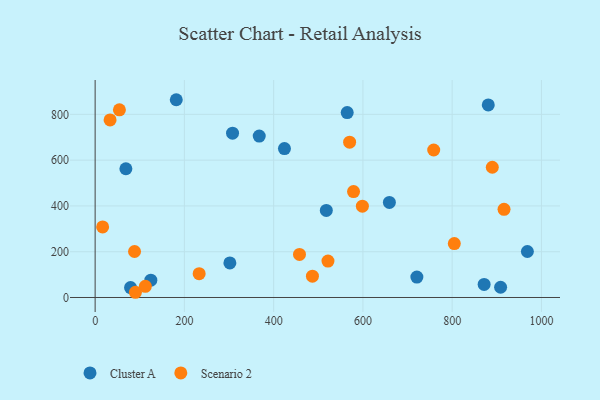
{"axis": {"x": "Investment", "y": "Yield"}, "legend": ["Cluster A", "Scenario 2"], "data": [{"x": "880.9", "y": 841.3, "type": "Cluster A"}, {"x": "301.9", "y": 150.9, "type": "Cluster A"}, {"x": "908.5", "y": 44.8, "type": "Cluster A"}, {"x": "659.3", "y": 415.3, "type": "Cluster A"}, {"x": "720.9", "y": 89.2, "type": "Cluster A"}, {"x": "424.2", "y": 650.4, "type": "Cluster A"}, {"x": "79.4", "y": 43.3, "type": "Cluster A"}, {"x": "124.8", "y": 75.5, "type": "Cluster A"}, {"x": "307.9", "y": 717.8, "type": "Cluster A"}, {"x": "968.5", "y": 200.9, "type": "Cluster A"}, {"x": "518.0", "y": 380.5, "type": "Cluster A"}, {"x": "564.8", "y": 807.8, "type": "Cluster A"}, {"x": "181.8", "y": 864.0, "type": "Cluster A"}, {"x": "871.6", "y": 57.3, "type": "Cluster A"}, {"x": "68.9", "y": 562.4, "type": "Cluster A"}, {"x": "367.7", "y": 705.1, "type": "Cluster A"}, {"x": "457.9", "y": 188.0, "type": "Scenario 2"}, {"x": "579.0", "y": 462.7, "type": "Scenario 2"}, {"x": "521.7", "y": 158.9, "type": "Scenario 2"}, {"x": "33.5", "y": 775.8, "type": "Scenario 2"}, {"x": "112.5", "y": 49.0, "type": "Scenario 2"}, {"x": "54.4", "y": 819.8, "type": "Scenario 2"}, {"x": "88.3", "y": 200.9, "type": "Scenario 2"}, {"x": "486.9", "y": 93.0, "type": "Scenario 2"}, {"x": "804.8", "y": 235.4, "type": "Scenario 2"}, {"x": "16.8", "y": 308.2, "type": "Scenario 2"}, {"x": "233.1", "y": 103.9, "type": "Scenario 2"}, {"x": "758.6", "y": 644.4, "type": "Scenario 2"}, {"x": "570.2", "y": 678.4, "type": "Scenario 2"}, {"x": "889.9", "y": 569.1, "type": "Scenario 2"}, {"x": "916.2", "y": 385.1, "type": "Scenario 2"}, {"x": "598.8", "y": 399.1, "type": "Scenario 2"}, {"x": "90.3", "y": 22.8, "type": "Scenario 2"}]}